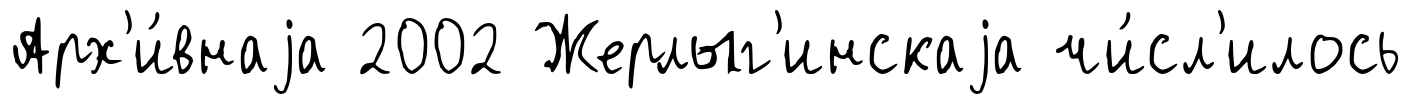
Арх'и́внаjа 2002 Жерлыг'инскаjа чи́сл'илось